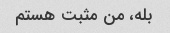
بله، من مثبت هستم